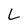
Character: L